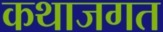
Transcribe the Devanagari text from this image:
कथाजगत